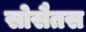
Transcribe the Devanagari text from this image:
सोसैतस